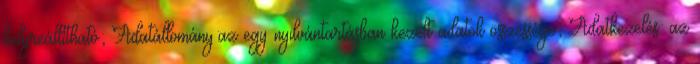
helyreállítható; Adatállomány:az egy nyilvántartásban kezelt adatok összessége; Adatkezelés: az